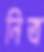
নিত্র